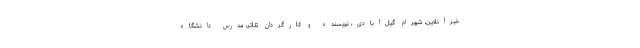
خبرآنلاین، شهرام گیل‌آبادی، نویسنده و کارگردان تئاتر، مدرس دانشگاه